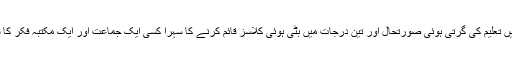
وطن عزیز میں تعلیم کی گرتی ہوئی صورتحال اور تین درجات میں بٹی ہوئی کلاسز قائم کرنے کا سہرا کسی ایک جماعت اور ایک مکتبہ فکر کا شاخسانہ نہیں۔